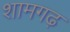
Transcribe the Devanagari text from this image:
शामगढ़